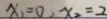
x _ { 1 } = 0 , x _ { 2 } = 2